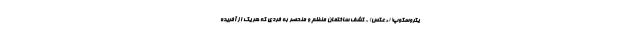
یکروسکوپ! (+عکس) - کشف ساختمان منظم و منحصر به فردی که هر یک از آفریده